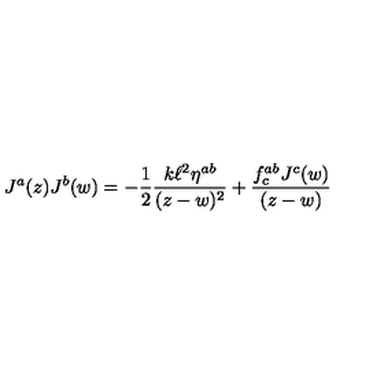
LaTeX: J ^ { a } ( z ) J ^ { b } ( w ) = - \frac { 1 } { 2 } \frac { k \ell ^ { 2 } \eta ^ { a b } } { ( z - w ) ^ { 2 } } + \frac { f _ { c } ^ { a b } J ^ { c } ( w ) } { ( z - w ) }